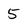
Character: 5